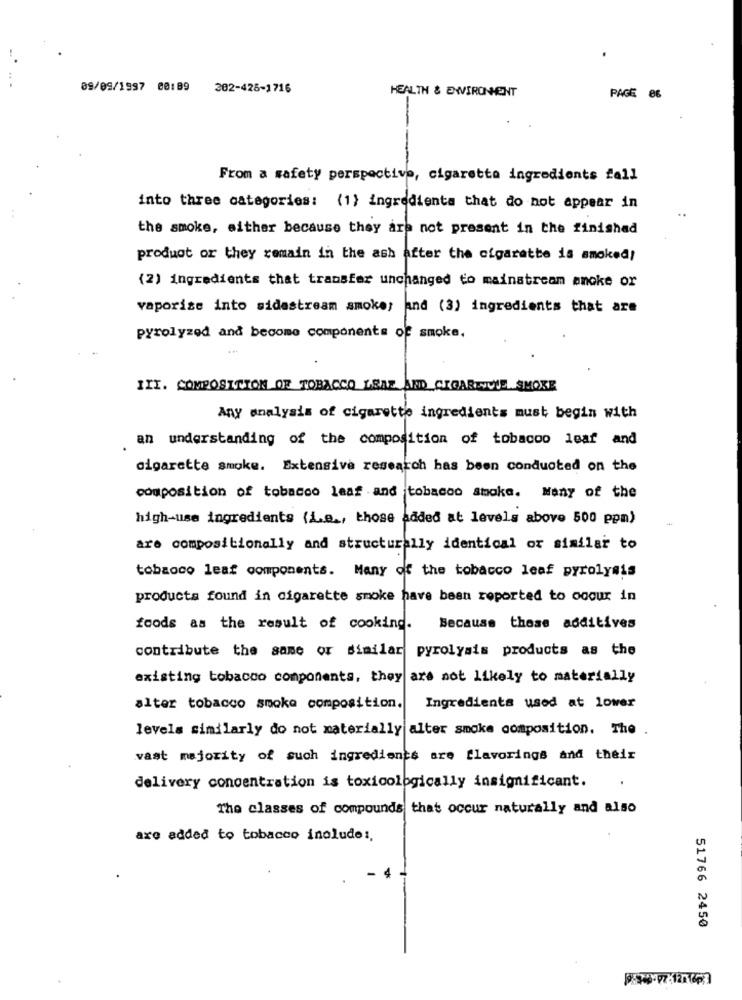
09/09/1997 00:89 202-426-1716
HEALTH & ENVIRONMENT
PAGE 86
From a safety perspective, cigarette ingredients fall
into three categories: {1} ingredienta that do not appear in
the smoke, either because they are not present in the finished
product or they remain in the ash after the cigarette is smoked!
(2) ingredients that transfer unchanged to mainstream anoke or
vaporize into sidastream amoke; and (3) ingredients that are
pyrolyzed and become components of smoke.
III. COMPOSITION OF TOBACCO LSAZ ARD CIGAREVOIE SMORE
Any analysis of cigarette ingredients must begin with
an understanding of the composition of tobacco leaf and
cigarette smoke. Extensive research has been conducted on the
composition of tobacco leaf and tobacco smoke. Many of the
high-use ingredients (i.e ., those added at levels above 500 ppm)
are compositionally and structurally identical or similar to
tobaoco leaf components. Many of the tobacco leaf pyrolysis
products found in cigarette smoke have been reported to ooour in
foods as the result of cooking.
Because these additives
contribute the same or similar
pyrolysis products as the
existing tobacco components, they are not likely to materially
alter tobacco smoke composition.
Ingredients used at lower
levels similarly do not materially alter smoke composition. The .
vast majority of such ingredients are flavorings and their
delivery concentration is toxicologically insignificant.
The classes of compounds that occur naturally and also
are added to tobacco include :,
51766 2450
9/905-7.12.163